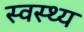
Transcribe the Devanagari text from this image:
स्‍वस्‍थ्‍य